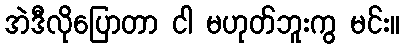
အဲဒီလိုပြောတာ ငါ မဟုတ်ဘူးကွ မင်း။